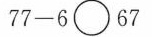
$$7 7 - 6 \circ 6 7$$